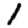
Digit: 1